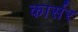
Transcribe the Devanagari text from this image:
कार्सर